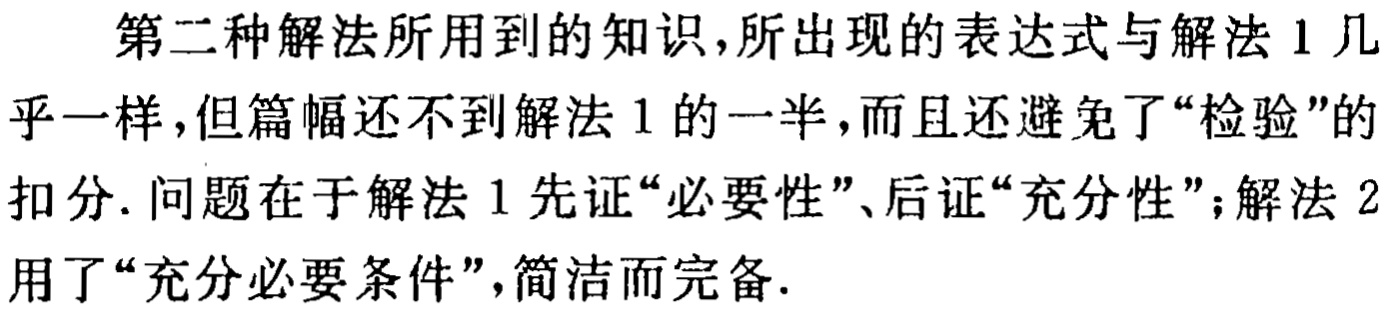
第二种解法所用到的知识,所出现的表达式与解法 1 几乎一样,但篇幅还不到解法 1 的一半,而且还避免了“检验”的扣分. 问题在于解法 1 先证“必要性”、后证“充分性”；解法 2 用了“充分必要条件”,简洁而完备.